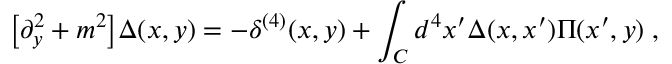
\big [ \partial _ { y } ^ { 2 } + m ^ { 2 } \big ] \Delta ( x , y ) = - \delta ^ { ( 4 ) } ( x , y ) + \int _ { C } d ^ { 4 } x ^ { \prime } \Delta ( x , x ^ { \prime } ) \Pi ( x ^ { \prime } , y ) \; ,